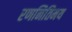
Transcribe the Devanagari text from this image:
रणनितिमय